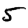
Digit: 5